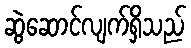
ဆွဲဆောင်လျက်ရှိသည်